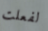
لفعلت